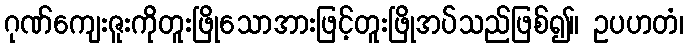
ဂုဏ်ကျေးဇူးကိုတူးဖြိုသောအားဖြင့်တူးဖြိုအပ်သည်ဖြစ်၍။ ဥပဟတံ၊